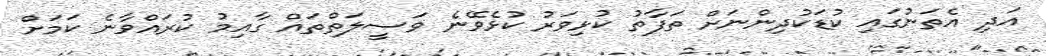
އަދި އެތަނުގައި ކުޑަކުދިންނަށް ތަފާތު ކުޅިވަރު ކުޅެވޭނެ ވަސީލަތްތައް ގާއިމު ކުރައްވާނެ ކަަމަށް